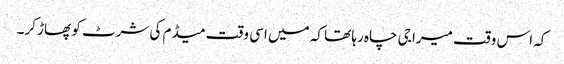
کہ اس وقت میرا جی چاہ رہا تھا کہ میں اسی وقت میڈم کی شرٹ کو پھاڑ کر۔